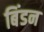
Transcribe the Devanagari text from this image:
बिंडन